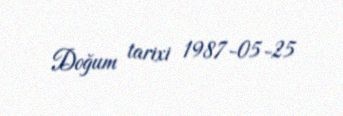
Doğum tarixi 1987-05-25